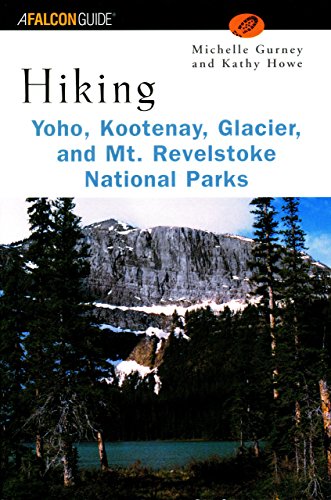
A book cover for Hiking Yoho, Kootenay, Glacier & Mt. Revelstoke National Parks (Regional Hiking Series); Michelle Gurney; Travel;